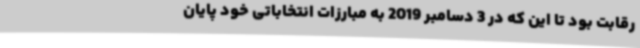
رقابت بود تا این که در 3 دسامبر 2019 به مبارزات انتخاباتی خود پایان